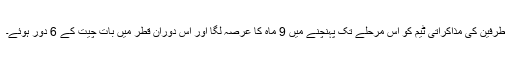
طرفین کی مذاکراتی ٹیم کو اس مرحلے تک پہنچنے میں 9 ماہ کا عرصہ لگا اور اس دوران قطر میں بات چیت کے 6 دور ہوئے۔